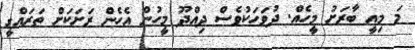
މަ މިއީ ބާރަށު މީހެއް. ދުވަހަކުވެސް ދިއްދޫ މީހުން އެހެން ރަށަކަށް ތަރައްގީ